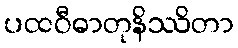
ပထဝီဓာတုနိဿိတာ